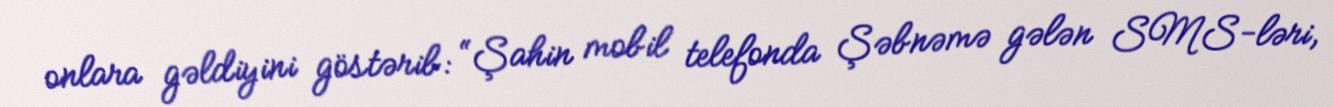
onlara gəldiyini göstərib: “Şahin mobil telefonda Şəbnəmə gələn SMS-ləri,